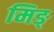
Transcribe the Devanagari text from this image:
मिङ्